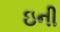
ઇની